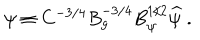
\psi \equiv C ^ { - 3 / 4 } B _ { g } ^ { - 3 / 4 } B _ { \psi } ^ { 1 / 2 } \widehat \psi \ .